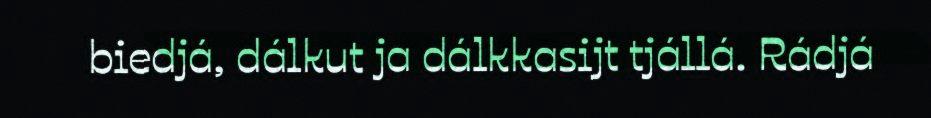
biedjá, dálkut ja dálkkasijt tjállá. Rádjá